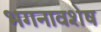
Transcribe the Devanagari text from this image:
भगनावशेष